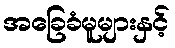
အခြေခံမူများနှင့်